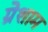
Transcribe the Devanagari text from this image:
ग्रेशाम